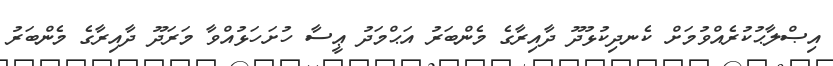
އިޞްލާޙުކުރެއްވުމަށް ކެނދިކުޅުދޫ ދާއިރާގެ މެންބަރު އަޙްމަދު ޢީސާ ހުށަހަޅުއްވާ މަރަދޫ ދާއިރާގެ މެންބަރު